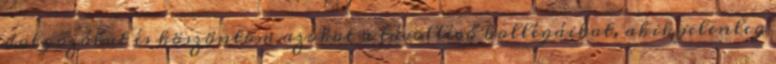
dolgozókat és köszöntöm azokat a távollévő kollégáikat, akik jelenleg